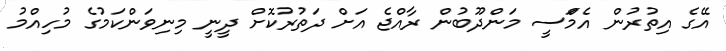
އޭގެ އިތުރުން އެމްަސީ މަންދޫބުން ރާއްޖެ އަށް ދަތުރުކޮށް ދީނީ މިނިވަންކަމުގެ މުހިއްމު